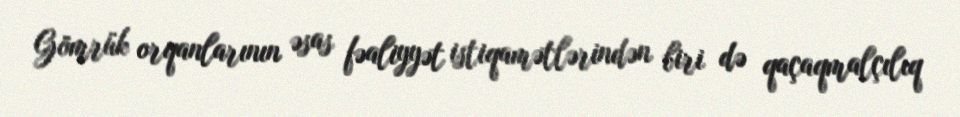
Gömrük orqanlarının əsas fəaliyyət istiqamətlərindən biri də qaçaqmalçılıq